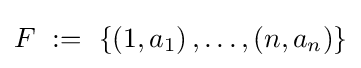
F~:=~\left\{\left(1,a_{1}\right),\ldots ,\left(n,a_{n}\right)\right\}